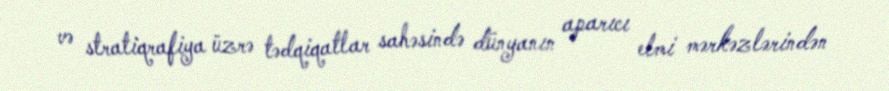
və stratiqrafiya üzrə tədqiqatlar sahəsində dünyanın aparıcı elmi mərkəzlərindən